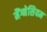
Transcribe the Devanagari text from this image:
मैंग्नेसियम